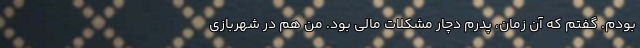
بودم. گفتم که آن زمان، پدرم دچار مشکلات مالی بود. من هم در شهربازی